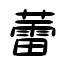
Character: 蕾